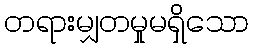
တရားမျှတမှုမရှိသော